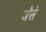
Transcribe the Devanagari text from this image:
जॅसे